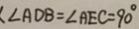
\angle A D B = \angle A E C = 9 0 ^ { \circ }